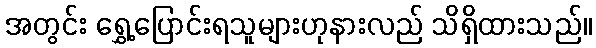
အတွင်း ရွှေ့ပြောင်းရသူများဟုနားလည် သိရှိထားသည်။